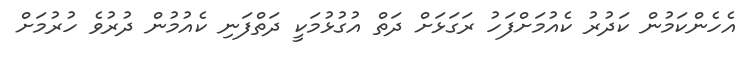
އެހެންކަމުން ކަދުރު ކެއުމަށްފަހު ރަގަޅަށް ދަތް އުގުޅުމަކީ ދަތްފަނި ކެއުމުން ދުރުވެ ހުރުމަށް